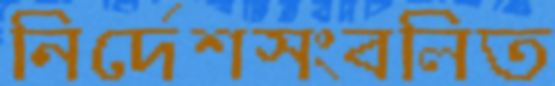
নির্দেশসংবলিত